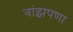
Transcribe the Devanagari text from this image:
वांझपणा